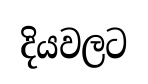
දියවලට